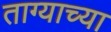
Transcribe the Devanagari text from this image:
ताग्याच्या